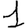
Digit: 1